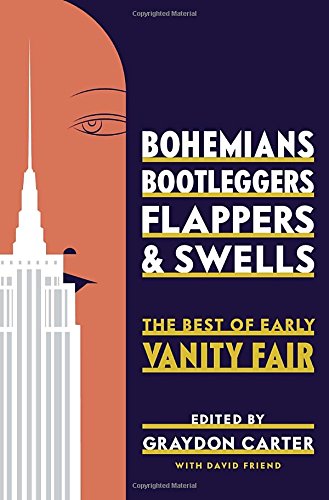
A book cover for Bohemians, Bootleggers, Flappers, and Swells: The Best of Early Vanity Fair; Literature & Fiction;